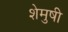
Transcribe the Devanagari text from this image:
शेमुषी